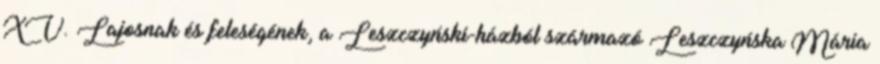
XV. Lajosnak és feleségének, a Leszczyński-házból származó Leszczyńska Mária